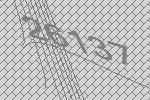
26137